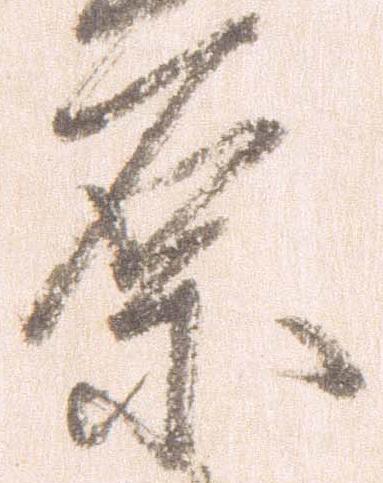
原